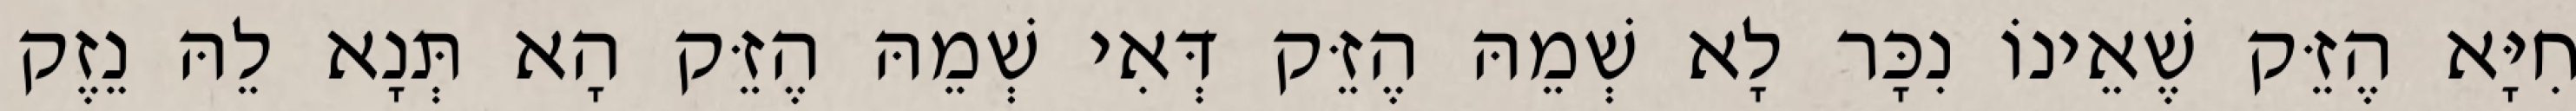
חִיָּא הֶזֵּק שֶׁאֵינוֹ נִכָּר לָא שְׁמֵהּ הֶזֵּק דְּאִי שְׁמֵהּ הֶזֵּק הָא תְּנָא לֵהּ נֵזֶק